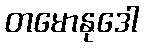
တမောနုဒေါ